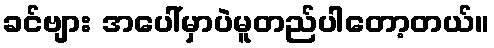
ခင်ဗျား အပေါ်မှာပဲမူတည်ပါတော့တယ်။